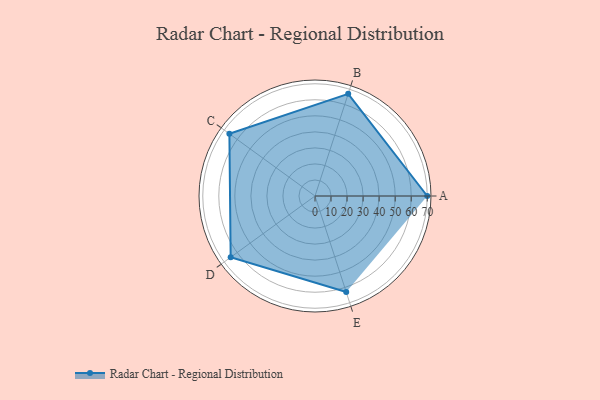
{"axis": {"x": "Skill", "y": "Score"}, "legend": ["Profile"], "data": [{"x": "A", "y": 70.0, "type": "Profile"}, {"x": "B", "y": 67.0, "type": "Profile"}, {"x": "C", "y": 66.0, "type": "Profile"}, {"x": "D", "y": 65.0, "type": "Profile"}, {"x": "E", "y": 63.0, "type": "Profile"}]}